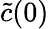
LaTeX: \tilde{c}(0)